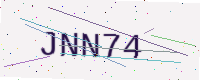
Text: JNN74